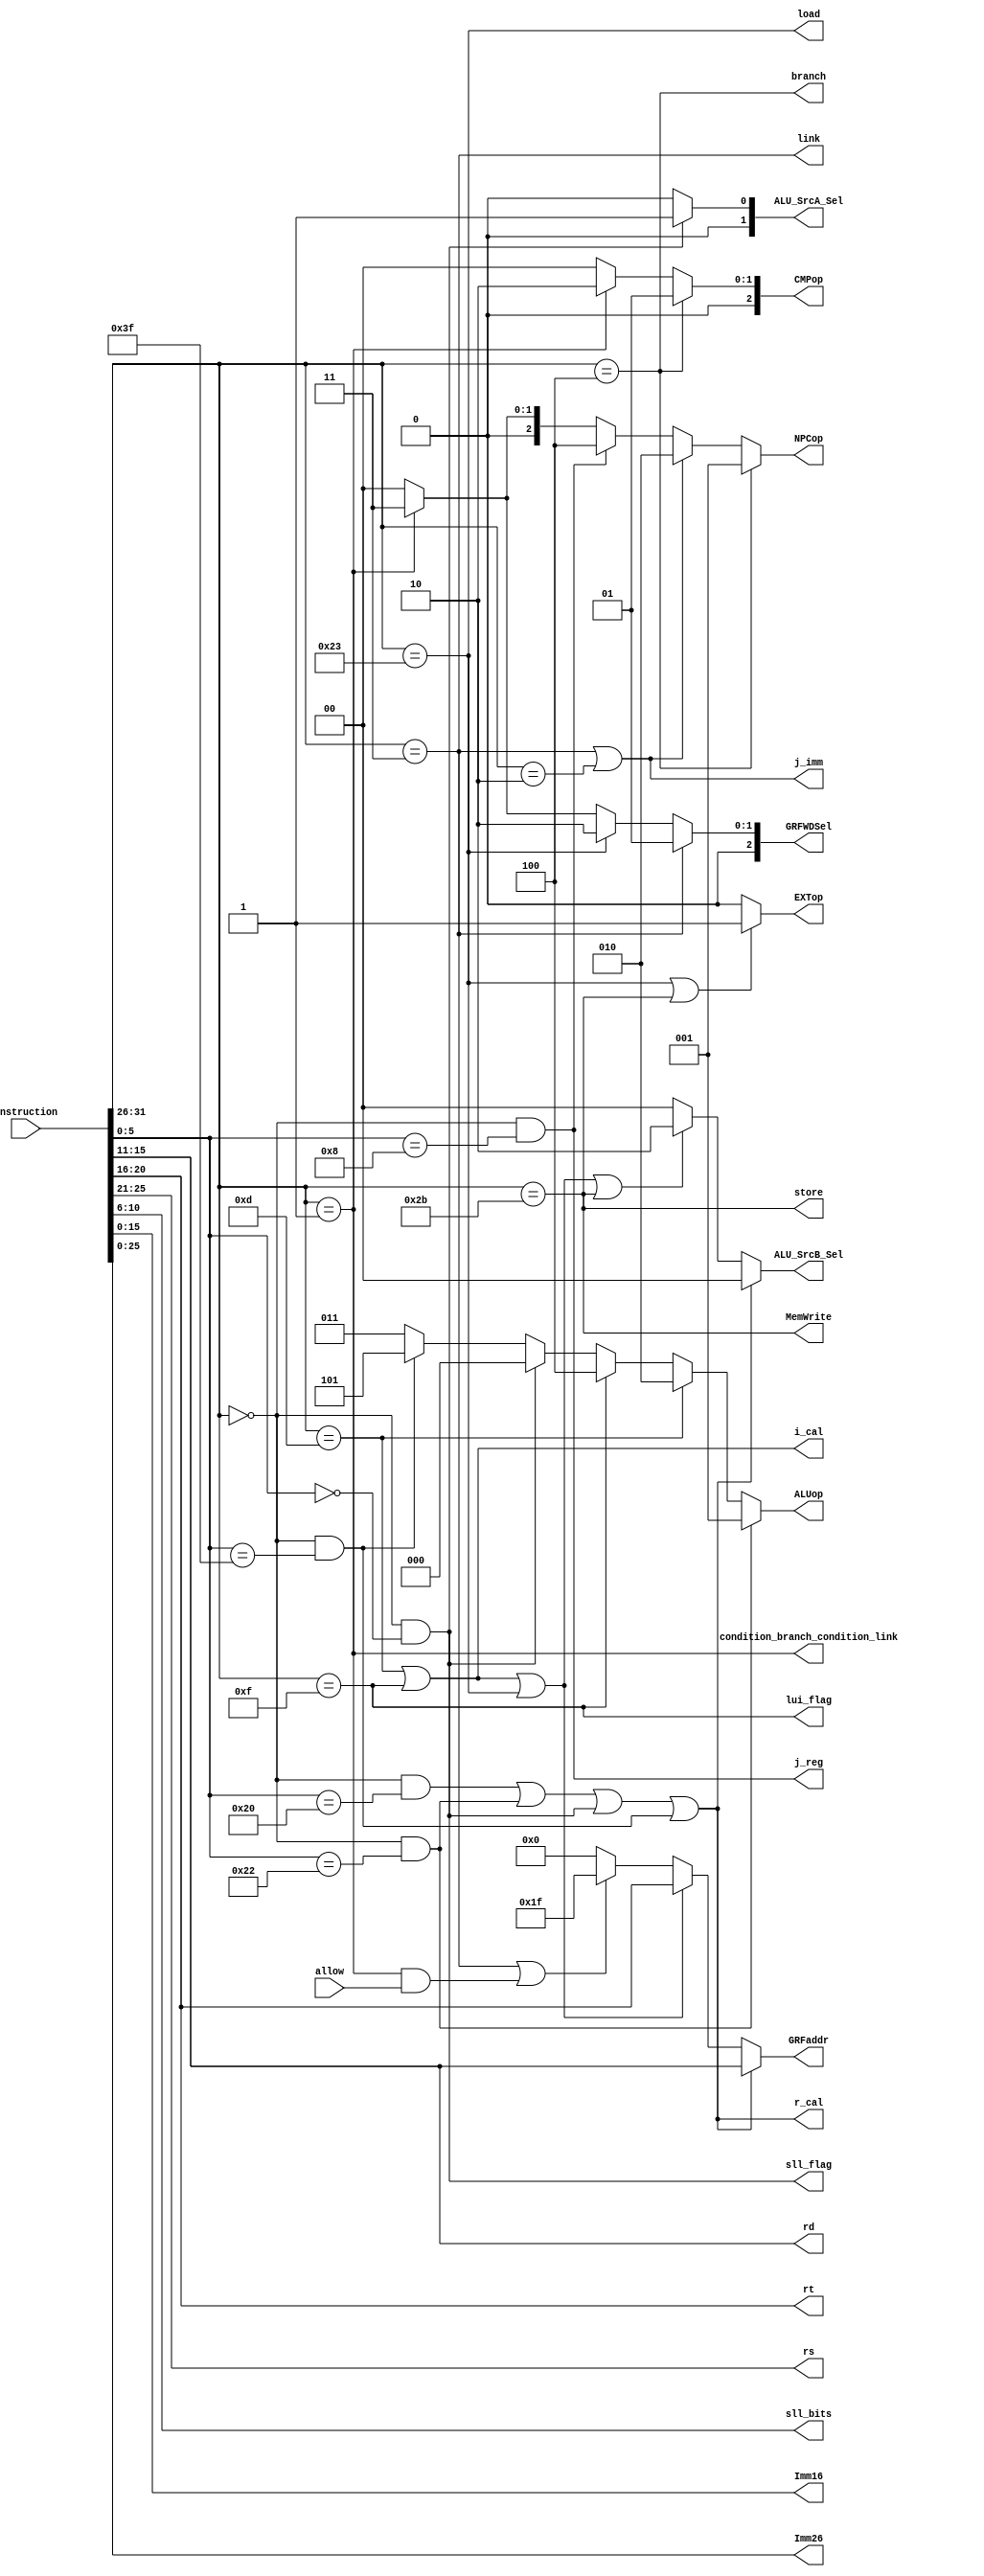
module Control(
    input [31:0] instruction,
    input allow,

    output [4:0] rs,
    output [4:0] rt,
    output [4:0] rd,
    output [4:0] sll_bits,
    output [15:0] Imm16,
    output [25:0] Imm26,

    output [2:0] ALUop,
    output [2:0] CMPop,
    output [2:0] NPCop,
    output [4:0] GRFaddr,
    output [2:0] GRFWDSel,
    output [1:0] ALU_SrcA_Sel,
    output [1:0] ALU_SrcB_Sel,
    output EXTop,
    output MemWrite,            //DM
    //stall
    output sll_flag,
    output branch,
    output r_cal,
    output i_cal,
    output load,
    output store,
    output j_imm,
    output j_reg,
    output link,
    output lui_flag,
    output condition_branch_condition_link
);
	//add, sub, ori, lw, sw, beq, lui, jal, jr, nop
    //If wanna add contidional link, add GRFselop and correct datapath of GRFData in mips.v
    wire [5:0] Opcode = instruction[31:26];
    wire [5:0] func = instruction[5:0];
    parameter R = 6'b000000;
    parameter add_fun = 6'b100000;
    parameter sub_fun = 6'b100010;
    parameter sll_fun = 6'b000000;
    parameter jr_fun  = 6'b001000;
    parameter new_fun = 6'b111111;

    parameter ori_opc = 6'b001101;
    parameter lw_opc  = 6'b100011;
    parameter sw_opc  = 6'b101011;
    parameter beq_opc = 6'b000100;
    parameter lui_opc = 6'b001111;
    parameter jal_opc = 6'b000011;
    parameter j_opc   = 6'b000010;
    parameter bltzal_opc = 6'b000001;
    //alu op
    parameter sll_sign = 3'd0;
    parameter sub_sign = 3'd1;
    parameter ori_sign = 3'd2;
    parameter add_sign = 3'd3;
    parameter lui_sign = 3'd4;
    parameter new_sign = 3'd5;
    //cmp op
    parameter beq_sign = 3'b001;
    parameter condition_sign = 3'b010;
    parameter not_sign = 3'b000;
    //EXT op
    parameter EXT_unsign = 1'b0;
    parameter EXT_sign   = 1'b1;
    //npc op
    parameter b = 3'b001;
    parameter j = 3'b010;
    parameter r = 3'b100;
    parameter c = 3'b011;
    parameter n = 3'b000;
    //alu op
    parameter A_rs = 2'b00;
    parameter A_rt = 2'b01;
    parameter B_rt  = 2'b00;
    parameter B_sll = 2'b01;
    parameter B_Imm = 2'b10;    
    //WDsel op
    parameter PC8     = 3'b001;
    parameter DM_RD   = 3'b010;
    parameter ALU_RES = 3'b000;
    parameter CBCL    = 3'b011;

    wire add = (Opcode == R && func == add_fun);
    wire sub = (Opcode == R && func == sub_fun);
    wire sll = (Opcode == R && func == sll_fun);
    wire jr  = (Opcode == R && func == jr_fun);
    wire new_= (Opcode == R && func == new_fun);
    wire ori = (Opcode == ori_opc);
    wire lw  = (Opcode == lw_opc);
    wire sw  = (Opcode == sw_opc);
    wire beq = (Opcode == beq_opc);
    wire lui = (Opcode == lui_opc);
    wire jal = (Opcode == jal_opc);
    wire j_  = (Opcode == j_opc);
    wire bltzal = (Opcode == bltzal_opc);
    assign rs = instruction[25:21];
    assign rt = instruction[20:16];
    assign rd = instruction[15:11];
    assign Imm16 = instruction[15:0];
    assign Imm26 = instruction[25:0];
    assign sll_bits = instruction[10:6];
    /*************************************************************************************/
    
    assign ALUop = sub ? sub_sign :
                   ori ? ori_sign :
                   lui ? lui_sign :
                   sll ? sll_sign :
                   new_? new_sign :
                   add_sign;
    //If add new branch group instructions,add it below
    assign CMPop = beq ? beq_sign :
                   condition_branch_condition_link ? condition_sign :
                   not_sign;
    //If add new branch group instructions,add it below
    assign NPCop = branch ? b :
                   j_imm  ? j :
                   j_reg  ? r :
                   condition_branch_condition_link ? c :
                   n;

    assign GRFaddr = r_cal          ? rd    :
                     (i_cal | load) ? rt    :
                     (link | (condition_branch_condition_link && allow))          ? 5'd31 : 5'd0;
    assign GRFWDSel = (link) ? PC8   :    //pc + 8
                      load   ? DM_RD :    //rd
                      condition_branch_condition_link ? CBCL : 
                      ALU_RES;        //ALUresult
    assign ALU_SrcA_Sel = sll_flag ? A_rt : A_rs;
    assign ALU_SrcB_Sel = r_cal                  ? B_rt  :
                          (i_cal | load | store) ? B_Imm :
                          sll_sign               ? B_sll :
                          B_rt;
    assign EXTop    = (load | store) ? EXT_sign : EXT_unsign;
    assign MemWrite = store;
    assign sll_flag = (sll);
    assign branch   = (beq);
    assign r_cal    = (add | sub | sll | new_);
    assign i_cal    = (ori | lui);
    assign load     = (lw);
    assign store    = (sw);
    assign j_imm    = (jal | j_);
    assign j_reg    = (jr);

    assign link     = (jal);
    assign lui_flag = (lui);
    assign condition_branch_condition_link =  bltzal;
endmodule